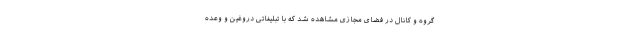
گروه‌ و کانال‌ در فضای مجازی مشاهده شد که با تبلیغاتی دروغین و وعده